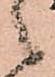
々